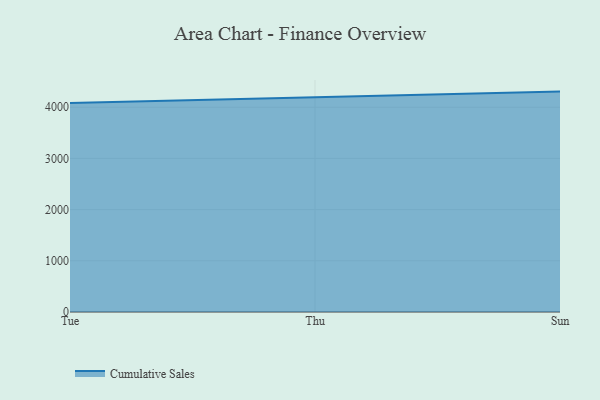
{"axis": {"x": "Day", "y": "Population (Million)"}, "legend": ["Cumulative Sales"], "data": [{"x": "Tue", "y": 4081.6, "type": "Cumulative Sales"}, {"x": "Thu", "y": 4190.7, "type": "Cumulative Sales"}, {"x": "Sun", "y": 4304.9, "type": "Cumulative Sales"}]}